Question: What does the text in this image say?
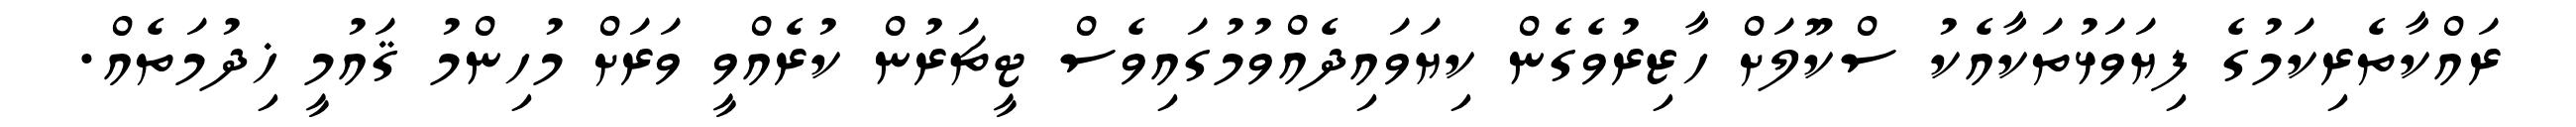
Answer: ރައްކާތެރިކަމުގެ ފިޔަވަޅުތަކާއެކު ސްކޫލަށް ހާޒިރުވެގެން ކިޔަވައިދެއްވުމުގައިވެސް ޓީޗަރުން ކުރެއްވީ ވަރަށް މުހިންމު ޤައުމީ ޚިދުމަތެއް.